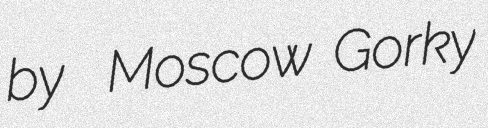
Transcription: by  Moscow Gorky